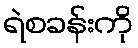
ရဲစခန်းကို